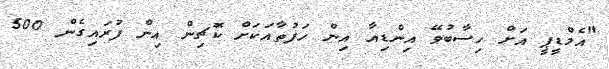
"އެމްޑީޕީ އަށް ހިސާބުވޭ އިންޑިއާ އިން ހަފުތާއަކަށް ކޮޗިން އިން ފުރައިގެން 500